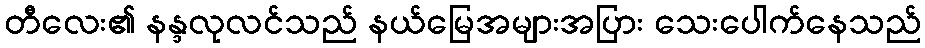
တီလေး၏ နန္ဒလုလင်သည် နယ်မြေအများအပြား သေးပေါက်နေသည်